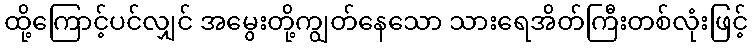
ထို့ကြောင့်ပင်လျှင် အမွေးတို့ကျွတ်နေသော သားရေအိတ်ကြီးတစ်လုံးဖြင့်